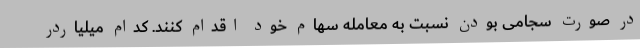
در صورت سجامی بودن نسبت به معامله سهام خود اقدام کنند. کدام میلیاردر